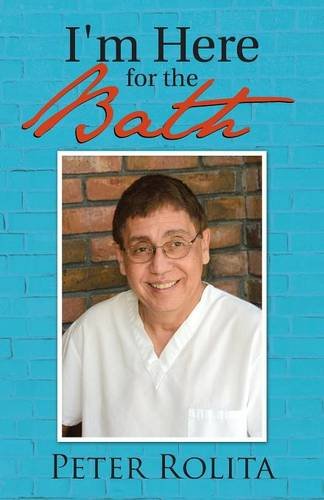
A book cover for I'm Here for the Bath; Peter Rolita; Parenting & Relationships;